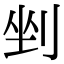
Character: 剉